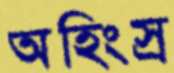
অহিংস্র